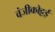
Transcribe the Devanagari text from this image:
वंजीकोट्टई